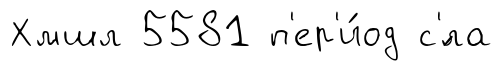
Хмшл 5581 п'ер'и́од с'́ла